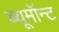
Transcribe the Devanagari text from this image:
ब्यूमॉन्ट